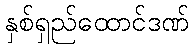
နှစ်ရှည်ထောင်ဒဏ်